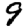
Digit: 9